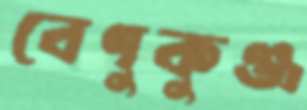
বেণুকুঞ্জ